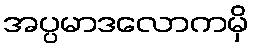
အပ္ပမာဒလောကမှိ